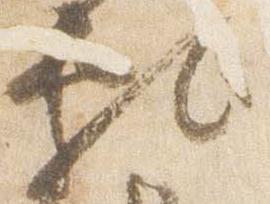
頼